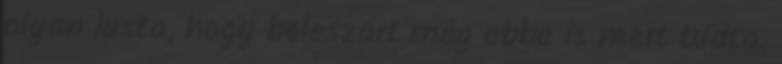
olyan lusta, hogy beleszart még ebbe is mert tudta,